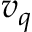
v _ { q }